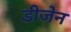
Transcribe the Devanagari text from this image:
डीजेन